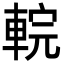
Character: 輐